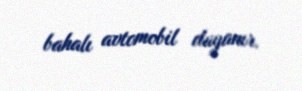
bahalı avtomobil dayanır.